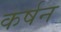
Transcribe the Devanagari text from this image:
कर्षन